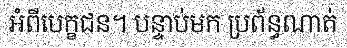
អំពីបេក្ខជន។ បន្ទាប់មក ប្រព័ន្ធណាត់